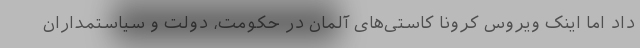
داد اما اینک ویروس کرونا کاستی‌های آلمان در حکومت، دولت و سیاستمداران